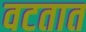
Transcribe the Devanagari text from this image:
वटतात